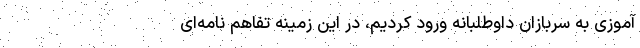
آموزی به سربازان داوطلبانه ورود کردیم، در این زمینه تفاهم نامه‌ای